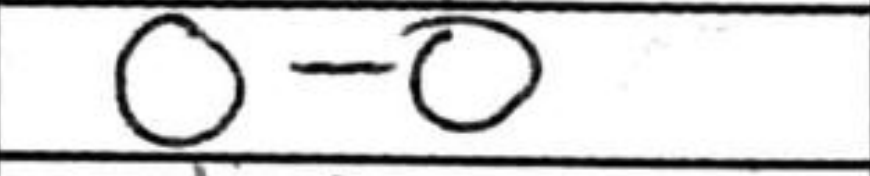
Transcription: O-O